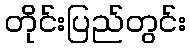
တိုင်းပြည်တွင်း